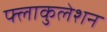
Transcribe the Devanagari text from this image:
फ्लाकुलेशन